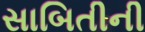
સાબિતીની